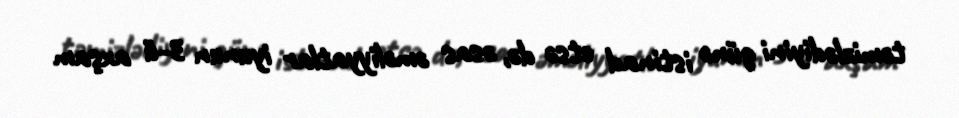
təmizlədiyini günə istinad etsə də, əsas əməliyyatlar iyunun 3-ü axşam